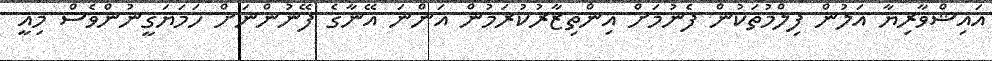
އައިޝްވާރިޔާ އަލުން ފިލްމުތަކުން ފެނުމަށް އިންތިޒާރުކުރަމުން އަންނަ އޭނާގެ ފޭނުންނަށް ހަމަޔަގީނުންވެސް މިއީ